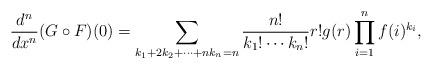
LaTeX: \begin{align*} \frac{d^n}{dx^n}(G\circ F)(0) = \sum_{k_1+2k_2+\cdots+nk_n=n}\frac{n!}{k_1!\cdots k_n!}r!g(r)\prod_{i=1}^n f(i)^{k_i},\end{align*}